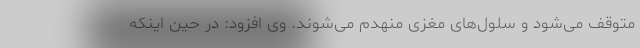
متوقف می‌شود و سلول‌های مغزی منهدم می‌شوند. وی افزود: در حین اینکه